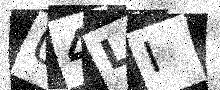
Text: U4LI